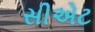
સીએટ